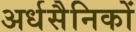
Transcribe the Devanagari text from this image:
अर्धसैनिकों